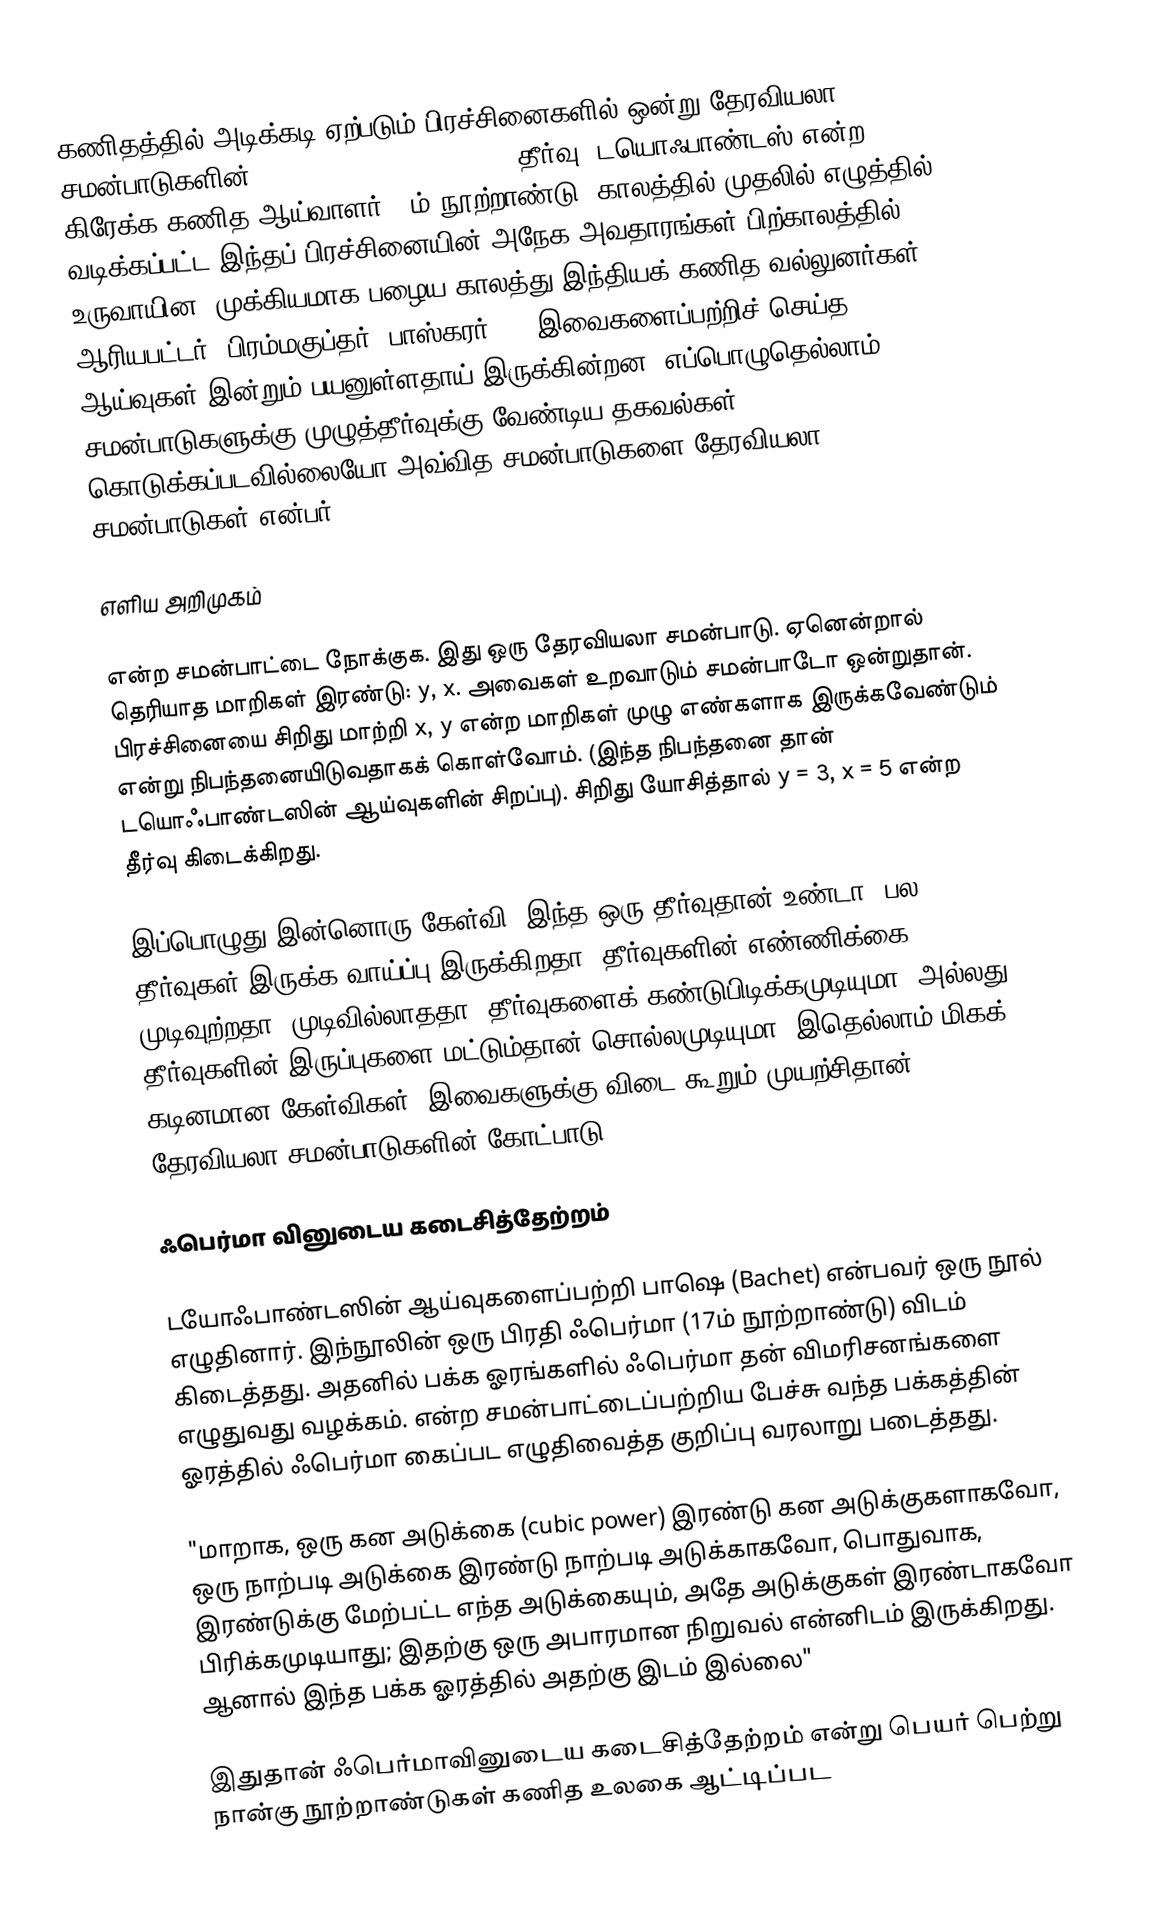
கணிதத்தில் அடிக்கடி ஏற்படும் பிரச்சினைகளில் ஒன்று தேரவியலா சமன்பாடுகளின் (Indeterminate Equations)  தீர்வு. டயொஃபாண்டஸ் என்ற கிரேக்க கணித ஆய்வாளர்  (3ம் நூற்றாண்டு) காலத்தில் முதலில் எழுத்தில் வடிக்கப்பட்ட இந்தப் பிரச்சினையின் அநேக அவதாரங்கள் பிற்காலத்தில் உருவாயின. முக்கியமாக பழைய காலத்து இந்தியக் கணித வல்லுனர்கள்  ( ஆரியபட்டர், பிரம்மகுப்தர், பாஸ்கரர் II) இவைகளைப்பற்றிச் செய்த ஆய்வுகள் இன்றும் பயனுள்ளதாய் இருக்கின்றன. எப்பொழுதெல்லாம் சமன்பாடுகளுக்கு முழுத்தீர்வுக்கு வேண்டிய தகவல்கள் கொடுக்கப்படவில்லையோ அவ்வித சமன்பாடுகளை தேரவியலா சமன்பாடுகள் என்பர்.

எளிய அறிமுகம்

என்ற சமன்பாட்டை நோக்குக. இது ஒரு தேரவியலா சமன்பாடு. ஏனென்றால் தெரியாத மாறிகள் இரண்டு: y, x.  அவைகள் உறவாடும் சமன்பாடோ ஒன்றுதான். பிரச்சினையை சிறிது மாற்றி  x, y  என்ற மாறிகள் முழு எண்களாக இருக்கவேண்டும் என்று நிபந்தனையிடுவதாகக் கொள்வோம். (இந்த நிபந்தனை தான் டயொஃபாண்டஸின் ஆய்வுகளின் சிறப்பு).  சிறிது யோசித்தால்  y = 3, x = 5 என்ற தீர்வு கிடைக்கிறது.

இப்பொழுது இன்னொரு கேள்வி. இந்த ஒரு தீர்வுதான் உண்டா, பல தீர்வுகள் இருக்க வாய்ப்பு இருக்கிறதா?  தீர்வுகளின் எண்ணிக்கை முடிவுற்றதா? முடிவில்லாததா? தீர்வுகளைக் கண்டுபிடிக்கமுடியுமா? அல்லது, தீர்வுகளின் இருப்புகளை மட்டும்தான் சொல்லமுடியுமா? இதெல்லாம் மிகக் கடினமான கேள்விகள். இவைகளுக்கு விடை கூறும் முயற்சிதான் தேரவியலா சமன்பாடுகளின் கோட்பாடு.

ஃபெர்மா வினுடைய கடைசித்தேற்றம்

டயோஃபாண்டஸின் ஆய்வுகளைப்பற்றி  பாஷெ  (Bachet) என்பவர் ஒரு நூல் எழுதினார். இந்நூலின் ஒரு பிரதி ஃபெர்மா (17ம் நூற்றாண்டு) விடம் கிடைத்தது. அதனில் பக்க ஓரங்களில் ஃபெர்மா தன் விமரிசனங்களை எழுதுவது வழக்கம்.  என்ற சமன்பாட்டைப்பற்றிய பேச்சு வந்த பக்கத்தின் ஓரத்தில் ஃபெர்மா கைப்பட எழுதிவைத்த குறிப்பு வரலாறு படைத்தது.

"மாறாக, ஒரு கன அடுக்கை (cubic power) இரண்டு கன அடுக்குகளாகவோ, ஒரு  நாற்படி அடுக்கை இரண்டு நாற்படி அடுக்காகவோ, பொதுவாக, இரண்டுக்கு மேற்பட்ட எந்த அடுக்கையும், அதே அடுக்குகள் இரண்டாகவோ பிரிக்கமுடியாது; இதற்கு ஒரு அபாரமான நிறுவல் என்னிடம் இருக்கிறது. ஆனால் இந்த பக்க ஓரத்தில் அதற்கு இடம் இல்லை"

இதுதான் ஃபெர்மாவினுடைய கடைசித்தேற்றம் என்று பெயர் பெற்று நான்கு நூற்றாண்டுகள் கணித உலகை ஆட்டிப்பட